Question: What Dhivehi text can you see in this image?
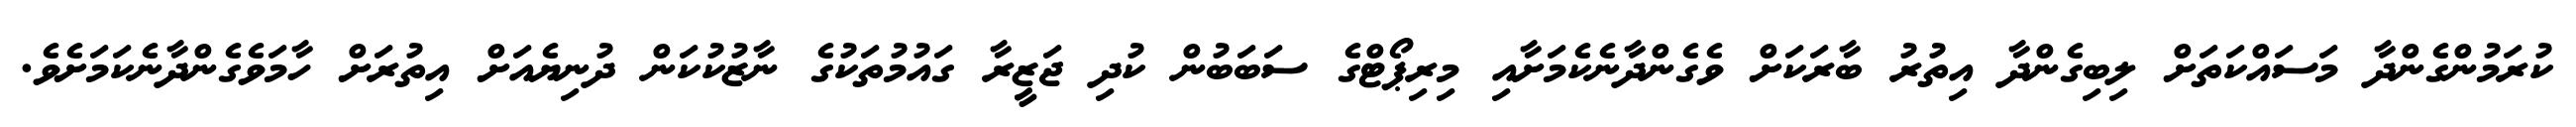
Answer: ކުރަމުންގެންދާ މަސައްކަތަށް ލިބިގެންދާ އިތުރު ބާރަކަށް ވެގެންދާނެކެމަށާއި މިރިޕޯޓްގެ ސަބަބުން ކުދި ޖަޒީރާ ގައުމުތަކުގެ ނާޒުކުކަން ދުނިޔެއަށް އިތުރަށް ހާމަވެގެންދާނެކަމަށެވެ.